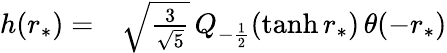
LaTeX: \begin{array}{rl}{h(r_{*})=}&{{}\sqrt{\frac{3}{\sqrt{5}}}\, Q_{-\frac{1}{2}}(\operatorname{tanh}r_{*})\, \theta(-r_{*})}\end{array}